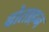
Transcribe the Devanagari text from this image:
बोताहन